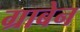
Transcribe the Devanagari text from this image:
ग्राबेन